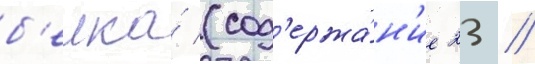
б'елка́ (сод'ержа́н'ие 23 /